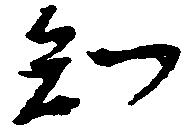
知